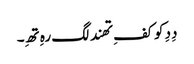
دِدِ کو کفِ تھند لگ رہِ تھِ۔